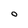
Character: O